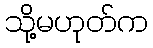
သို့မဟုတ်က